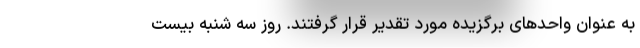
به عنوان واحدهای برگزیده مورد تقدیر قرار گرفتند. روز سه شنبه بیست